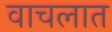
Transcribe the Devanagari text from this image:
वाचलात